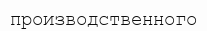
производственного